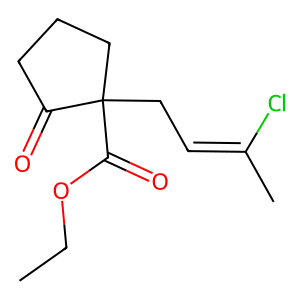
SMILES: CCOC(=O)C1(CC=C(C)Cl)CCCC1=O
Inhibits HIV replication: No